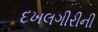
દખલગીરીની